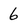
Character: 6